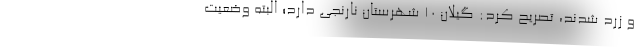
و زرد شدند، تصریح کرد: گیلان ۱۰ شهرستان نارنجی دارد؛ البته وضعیت